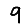
Digit: 9